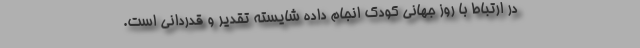
در ارتباط با روز جهانی کودک انجام داده شایسته تقدیر و قدردانی است.